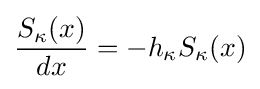
{\frac {S_{\kappa }(x)}{dx}}=-h_{\kappa }S_{\kappa }(x)